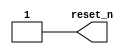
//-----------------------------------------------------------------------------
//
// (c) Copyright 2012-2012 Xilinx, Inc. All rights reserved.
//
// This file contains confidential and proprietary information
// of Xilinx, Inc. and is protected under U.S. and
// international copyright and other intellectual property
// laws.
//
// DISCLAIMER
// This disclaimer is not a license and does not grant any
// rights to the materials distributed herewith. Except as
// otherwise provided in a valid license issued to you by
// Xilinx, and to the maximum extent permitted by applicable
// law: (1) THESE MATERIALS ARE MADE AVAILABLE "AS IS" AND
// WITH ALL FAULTS, AND XILINX HEREBY DISCLAIMS ALL WARRANTIES
// AND CONDITIONS, EXPRESS, IMPLIED, OR STATUTORY, INCLUDING
// BUT NOT LIMITED TO WARRANTIES OF MERCHANTABILITY, NON-
// INFRINGEMENT, OR FITNESS FOR ANY PARTICULAR PURPOSE; and
// (2) Xilinx shall not be liable (whether in contract or tort,
// including negligence, or under any other theory of
// liability) for any loss or damage of any kind or nature
// related to, arising under or in connection with these
// materials, including for any direct, or any indirect,
// special, incidental, or consequential loss or damage
// (including loss of data, profits, goodwill, or any type of
// loss or damage suffered as a result of any action brought
// by a third party) even if such damage or loss was
// reasonably foreseeable or Xilinx had been advised of the
// possibility of the same.
//
// CRITICAL APPLICATIONS
// Xilinx products are not designed or intended to be fail-
// safe, or for use in any application requiring fail-safe
// performance, such as life-support or safety devices or
// systems, Class III medical devices, nuclear facilities,
// applications related to the deployment of airbags, or any
// other applications that could lead to death, personal
// injury, or severe property or environmental damage
// (individually and collectively, "Critical
// Applications"). Customer assumes the sole risk and
// liability of any use of Xilinx products in Critical
// Applications, subject only to applicable laws and
// regulations governing limitations on product liability.
//
// THIS COPYRIGHT NOTICE AND DISCLAIMER MUST BE RETAINED AS
// PART OF THIS FILE AT ALL TIMES.
//
//-----------------------------------------------------------------------------
//
// Project    : The Xilinx PCI Express DMA 
// Version    : 4.1
//-----------------------------------------------------------------------------
//--
//--------------------------------------------------------------------------------
`timescale 1ps/1ps

module reset_gen (reset_n);

output	reset_n;

reg		reset_n;

parameter        offset = 0;
parameter        halfcycle = 50000;

initial begin

	reset_n = 1'b0;
	#(offset);
  #(halfcycle);
	reset_n = 1'b1;

end

endmodule // sys_clk_gen